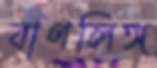
বাণলিঙ্গ